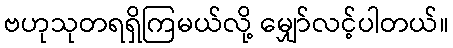
ဗဟုသုတရရှိကြမယ်လို့ မျှော်လင့်ပါတယ်။